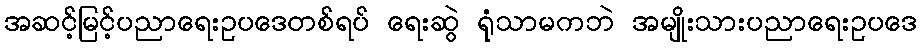
အဆင့်မြင့်ပညာရေးဥပဒေတစ်ရပ် ရေးဆွဲ ရုံသာမကဘဲ အမျိုးသားပညာရေးဥပဒေ